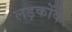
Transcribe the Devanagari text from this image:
लड़कोंके